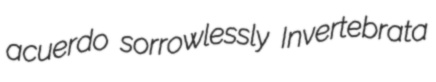
acuerdo sorrowlessly Invertebrata